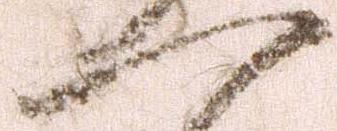
一